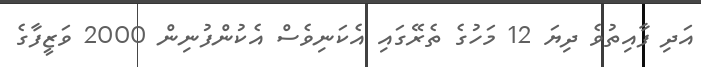
އަދި ފާއިތުވެ ދިޔަ 12 މަހުގެ ތެރޭގައި އެކަނިވެސް އެކުންފުނިން 2000 ވަޒީފާގެ